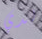
لدي